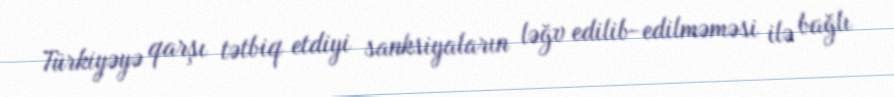
Türkiyəyə qarşı tətbiq etdiyi sanksiyaların ləğv edilib-edilməməsi ilə bağlı